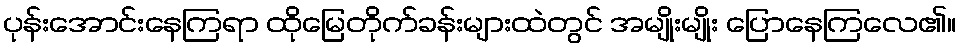
ပုန်းအောင်းနေကြရာ ထိုမြေတိုက်ခန်းများထဲတွင် အမျိုးမျိုး ပြောနေကြလေ၏။